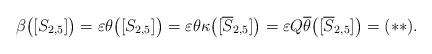
LaTeX: \begin{align*} \beta \big( [ S_{ 2,5 } ] \big) = \varepsilon \theta \big( [ S_{ 2,5 } ] \big) = \varepsilon \theta \kappa \big( [ \overline{ S }_{ 2,5 } ] \big) = \varepsilon Q \overline{ \theta } \big( [ \overline{ S }_{ 2,5 } ] \big) = ( \ast \ast ).\end{align*}